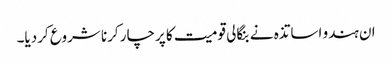
ان ہندو اساتذہ نے بنگالی قومیت کا پرچار کرنا شروع کردیا۔